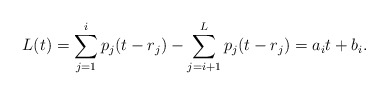
\begin{align*} L(t) = \sum_{j=1}^i p_j(t-r_j) - \sum_{j=i+1}^L p_j(t-r_j) = a_i t + b_i.\end{align*}